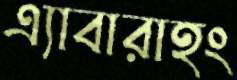
এ্যাবারাহং